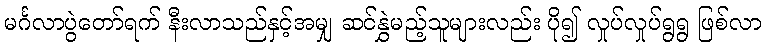
မင်္ဂလာပွဲတော်ရက် နီးလာသည်နှင့်အမျှ ဆင်နွှဲမည့်သူများလည်း ပို၍ လှုပ်လှုပ်ရွရွ ဖြစ်လာ